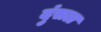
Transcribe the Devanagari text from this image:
दुंसल